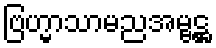
ဗြဟ္မာသာမညအမ္ဗဋ္ဌ